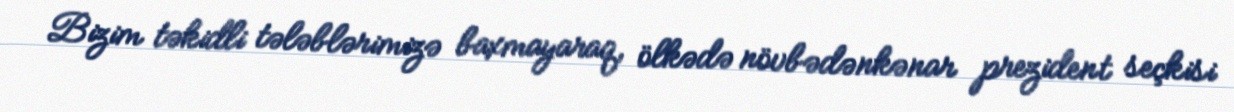
Bizim təkidli tələblərimizə baxmayaraq, ölkədə növbədənkənar prezident seçkisi